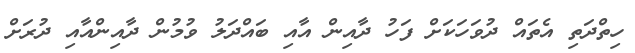
ހިތްދަތި އެތައް ދުވަހަކަށް ފަހު ދާއިން އާއި ބައްދަލު ވުމުން ދާއިންއާއި ދުރަށް